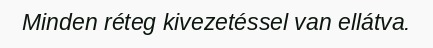
Minden réteg kivezetéssel van ellátva.